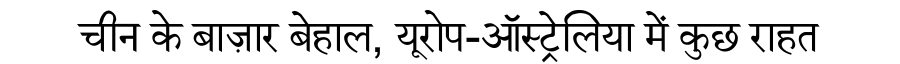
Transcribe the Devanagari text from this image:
चीन के बाज़ार बेहाल, यूरोप-ऑस्ट्रेलिया में कुछ राहत